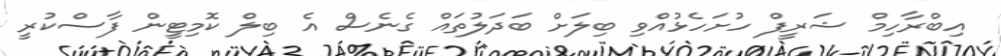
އިބްރާހިމް ޝަރީފް ހުށަހެޅުއްވި ބިލަށް ބަދަލުތައް ގެނެސް އެ ބިލް ކޮމިޓީން ފާސްކުރީ